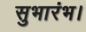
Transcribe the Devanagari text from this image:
सुभारंभ।